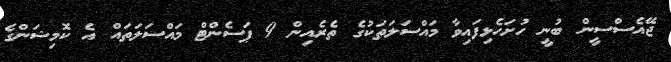
ޖޭއެސްސީން ބުނީ ހުށަހެޅިފައިވާ މައްސަލަތަކުގެ ތެރެއިން 9 ޕަސެންޓް މައްސަލަތައް އެ ކޮމިޝަންގެ